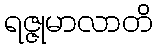
ရဇ္ဇုမာလာတိ